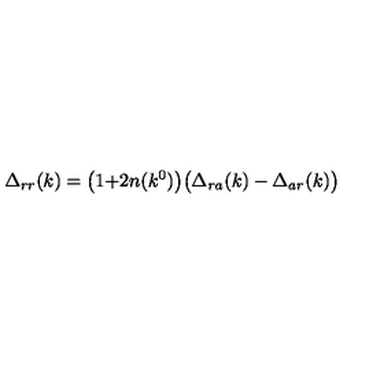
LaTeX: \Delta _ { r r } ( k ) = \bigl ( 1 { + } 2 n ( k ^ { 0 } ) \bigr ) \bigl ( \Delta _ { r a } ( k ) - \Delta _ { a r } ( k ) \bigr )